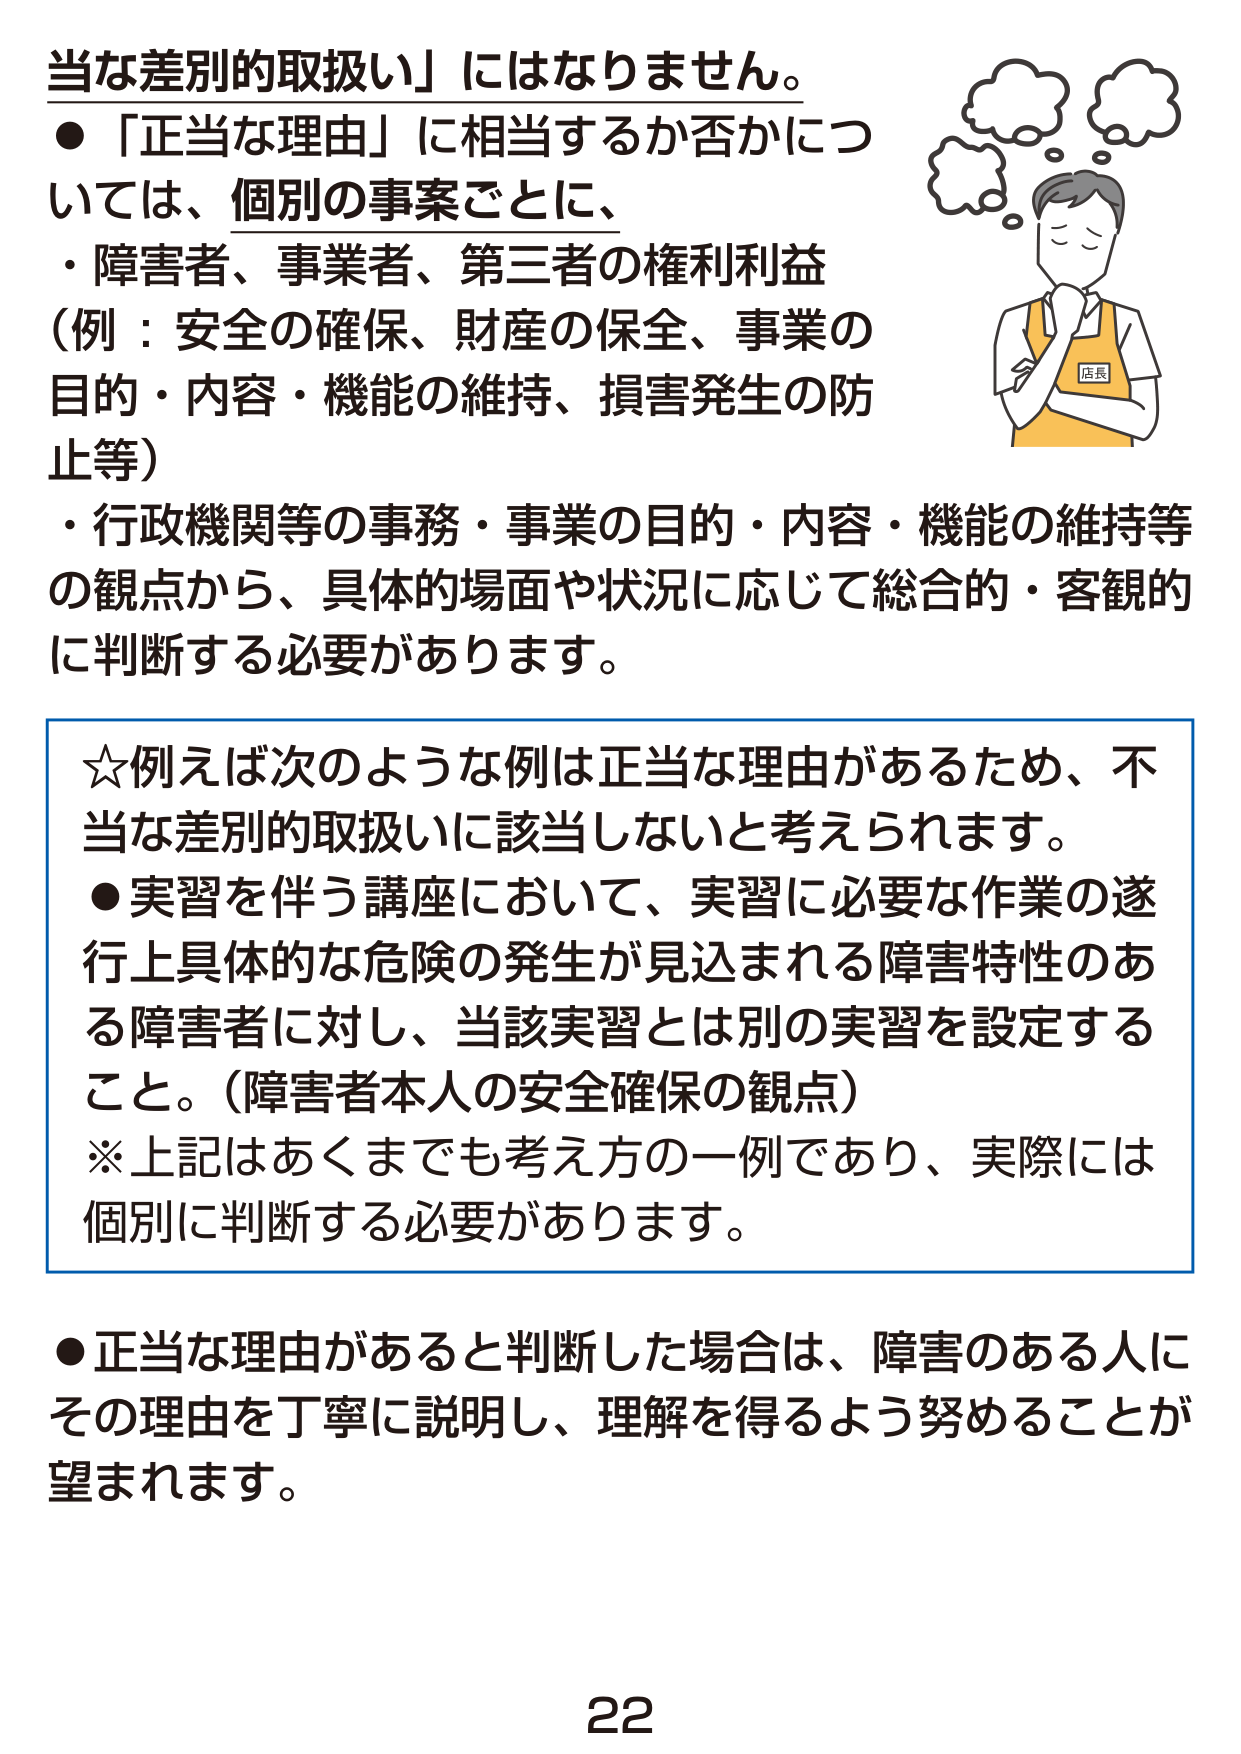
当な差別的取扱い」にはなりません。
●「正当な理由」に相当するか否かについて、個別の事案ごとに、
・障害者、事業者、第三者の権利利益
（例：安全の確保、財産の保全、事業の目的・内容・機能の維持、損害発生の防止等）
・行政機関等の事務・事業の目的・内容・機能の維持等の観点から、具体的場面や状況に応じて総合的・客観的に判断する必要があります。

☆例えば次のような例は正当な理由があるため、不当な差別的取扱いに該当しないと考えられます。
●実習を伴う講座において、実習に必要な作業の遂行上具体的な危険の発生が見込まれる障害特性のある障害者に対し、当該実習とは別の実習を設定すること。（障害者本人の安全確保の観点）
※上記はあくまでも考え方の一例であり、実際には個別に判断する必要があります。

●正当な理由があると判断した場合は、障害のある人にその理由を丁寧に説明し、理解を得るよう努めることが望まれます。

22